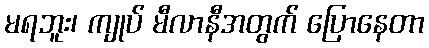
မရဘူး၊ ကျုပ် မီလာနီအတွက် ပြောနေတာ